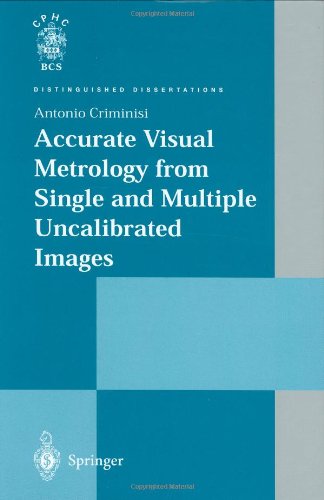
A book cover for Accurate Visual Metrology from Single and Multiple Uncalibrated Images; Antonio Criminisi; Computers & Technology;